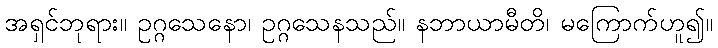
အရှင်ဘုရား။ ဥဂ္ဂသေနော၊ ဥဂ္ဂသေနသည်။ နဘာယာမီတိ၊ မကြောက်ဟူ၍။